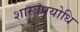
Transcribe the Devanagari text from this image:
शास्त्रपयोधि